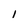
Character: 1